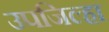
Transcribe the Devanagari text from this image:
उपजिल्हा